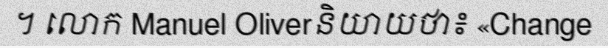
។ លោក Manuel Oliverនិយាយថា៖ «Change